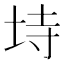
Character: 𭎒